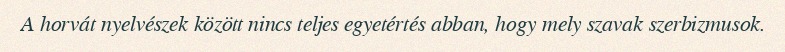
A horvát nyelvészek között nincs teljes egyetértés abban, hogy mely szavak szerbizmusok.